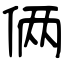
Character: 俩